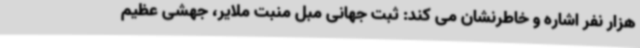
هزار نفر اشاره و خاطرنشان می کند: ثبت جهانی مبل منبت ملایر، جهشی عظیم